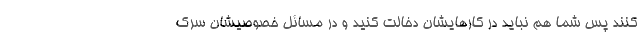
کنند پس شما هم نباید در کارهایشان دخالت کنید و در مسائل خصوصیشان سرک